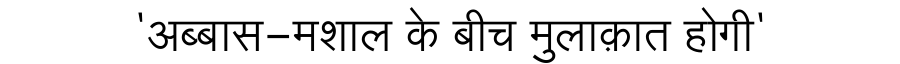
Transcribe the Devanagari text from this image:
'अब्बास-मशाल के बीच मुलाक़ात होगी'